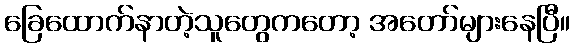
ခြေထောက်နာတဲ့သူတွေကတော့ အတော်များနေပြီ။